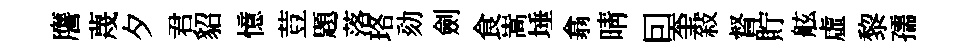
譍蔑夕君貂憶荳題落珞劾劍食嵩埵翕晴囙奎敍督貯舷虛黎孺